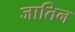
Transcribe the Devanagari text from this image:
जातिन